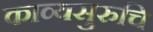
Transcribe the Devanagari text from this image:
काव्यसुरुचि